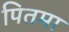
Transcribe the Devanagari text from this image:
पितमा